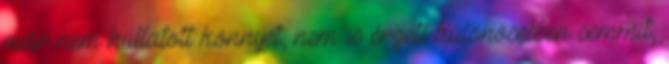
már nem hullatott könnyet, nem is érzett különösebben semmit,